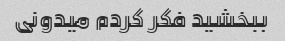
ببخشید فکر کردم میدونی